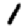
Digit: 1